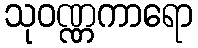
သုဝဏ္ဏကာရော